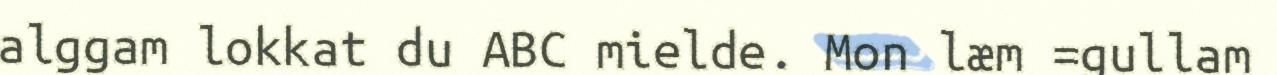
alggam lokkat du ABC mielde. Mon læm =gullam